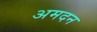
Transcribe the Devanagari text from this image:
अमदन